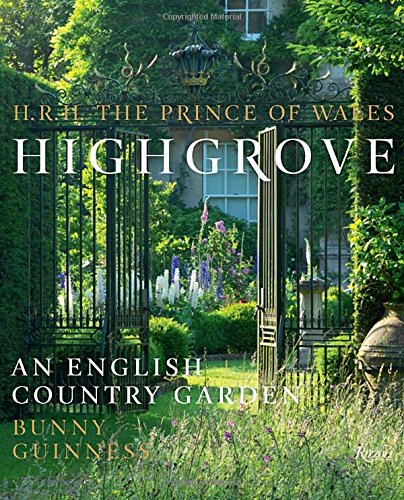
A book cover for Highgrove: An English Country Garden; HRH The Prince of Wales; Crafts, Hobbies & Home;